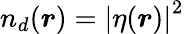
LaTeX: n_{d}(\boldsymbol{r})=\left|\eta(\boldsymbol{r})\right|^{2}